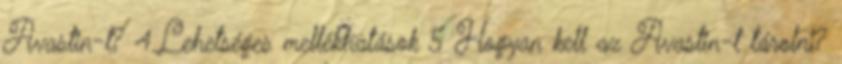
Avastin-t? 4.Lehetséges mellékhatások 5 Hogyan kell az Avastin-t tárolni?